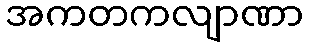
အကတကလျာဏာ